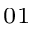
_ { 0 1 }